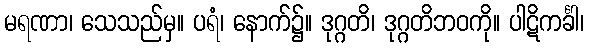
မရဏာ၊ သေသည်မှ။ ပရံ၊ နောက်၌။ ဒုဂ္ဂတိ၊ ဒုဂ္ဂတိဘဝကို။ ပါဋိကင်္ခါ၊